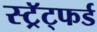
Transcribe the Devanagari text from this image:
स्ट्रॅट्फर्ड